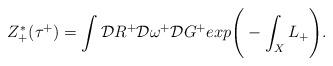
LaTeX: \begin{align*}Z^*_+(\tau^+) = \int {\cal D} R^+ {\cal D}\omega^+ {\cal D} G^+exp \Bigg( - \int_X L_+ \Bigg).\end{align*}